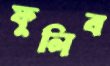
ফুলিব